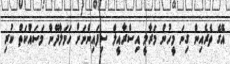
އޭގެ ތެރެއިން ގިނަ މީހުން މަރާލީ އިސްރާއީލް ސިފައިންނަށް ހަމަލާދޭން މަސައްކަތް ކުރި